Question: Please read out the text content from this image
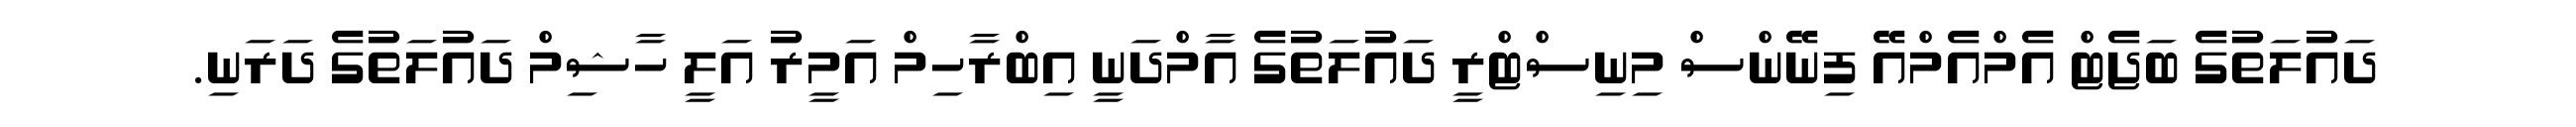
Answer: ދައުލަތުގެ ބަޖެޓް އެމްއެމްއޭ ފިނޭންސް މިނިސްޓްރީ ދައުލަތުގެ އާމްދަނީ އިބްރާހިމް އަމީރު އަލީ ހާޝިމް ދައުލަތުގެ ދަރަނި.